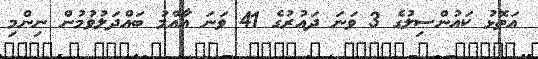
އަތޮޅު ކައުންސިލުގެ 3 ވަނަ ދައުރުގެ 41 ވަނަ އާއްމު ބައްދަލުވުމުން ނިންމި